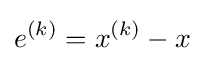
e^{(k)}=x^{(k)}-x